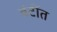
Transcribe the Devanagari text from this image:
वंटींत